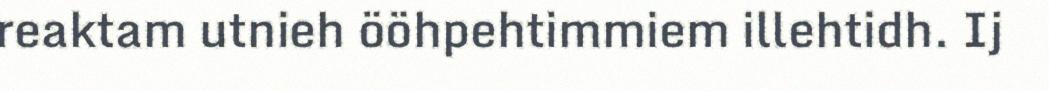
reaktam utnieh ööhpehtimmiem illehtidh. Ij